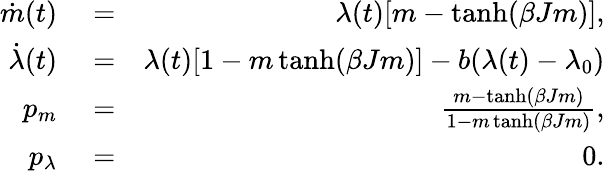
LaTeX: \begin{array}{rlr}{\dot{m}(t)}&{{}=}&{\lambda(t)[m-\operatorname{tanh}(\beta Jm)],}\\ {\dot{\lambda}(t)}&{{}=}&{\lambda(t)[1-m\operatorname{tanh}(\beta Jm)]-b(\lambda(t)-\lambda_{0})}\\ {p_{m}}&{{}=}&{\frac{m-\operatorname{tanh}(\beta Jm)}{1-m\operatorname{tanh}(\beta Jm)},}\\ {p_{\lambda}}&{{}=}&{0.}\end{array}